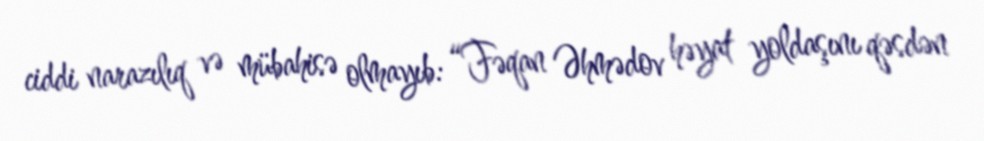
ciddi narazılıq və mübahisə olmayıb: “Fəqan Əhmədov həyat yoldaşını qəsdən